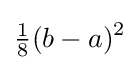
{\tfrac {1}{8}}(b-a)^{2}